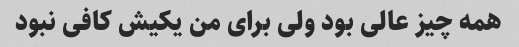
همه چیز عالی بود ولی برای من یکیش کافی نبود